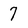
Character: 7